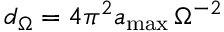
d _ { \Omega } = 4 \pi ^ { 2 } a _ { \mathrm { m a x } } \, \Omega ^ { - 2 }